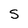
Character: S